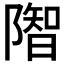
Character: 𨼓